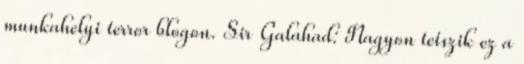
munkahelyi terror blogon. Sir Galahad: Nagyon tetszik ez a